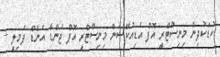
ކުޑަކުދިން މިނިސްޓްރީ އޮފް އެޑިއުކޭޝަން މިނިސްޓްރީ އޮފް ޖެންޑާ އެންޑް ފެމިލީ +